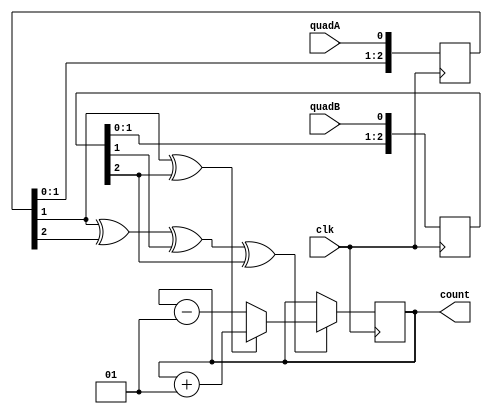

module quad(clk, quadA, quadB, count);
input clk, quadA, quadB;
output reg signed [31:0] count;

reg [2:0] quadA_delayed, quadB_delayed;
always @(posedge clk) quadA_delayed <= {quadA_delayed[1:0], quadA};
always @(posedge clk) quadB_delayed <= {quadB_delayed[1:0], quadB};

wire count_enable = quadA_delayed[1] ^ quadA_delayed[2] ^ quadB_delayed[1] ^ quadB_delayed[2];
wire count_direction = quadA_delayed[1] ^ quadB_delayed[2];


always @(posedge clk)
begin
  if(count_enable)
  begin
    if(count_direction) count<=count+1; else count<=count-1;
  end
end

endmodule